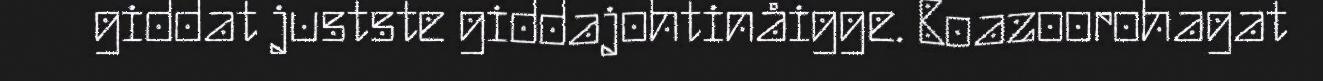
giddat justste giddajohtinåigge. Boazoorohagat